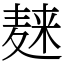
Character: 𪎌